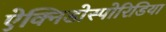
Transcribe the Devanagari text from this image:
ऐक्निडोस्पोरिडिया